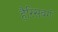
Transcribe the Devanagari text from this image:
हैरिसबर्ग